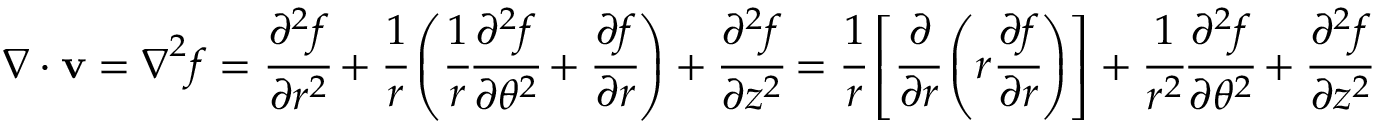
{ \boldsymbol { \nabla } } \cdot \mathbf { v } = { \boldsymbol { \nabla } } ^ { 2 } f = { \cfrac { \partial ^ { 2 } f } { \partial r ^ { 2 } } } + { \cfrac { 1 } { r } } \left( { \cfrac { 1 } { r } } { \cfrac { \partial ^ { 2 } f } { \partial \theta ^ { 2 } } } + { \cfrac { \partial f } { \partial r } } \right) + { \cfrac { \partial ^ { 2 } f } { \partial z ^ { 2 } } } = { \cfrac { 1 } { r } } \left[ { \cfrac { \partial } { \partial r } } \left( r { \cfrac { \partial f } { \partial r } } \right) \right] + { \cfrac { 1 } { r ^ { 2 } } } { \cfrac { \partial ^ { 2 } f } { \partial \theta ^ { 2 } } } + { \cfrac { \partial ^ { 2 } f } { \partial z ^ { 2 } } }